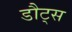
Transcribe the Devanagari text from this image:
डौट्स